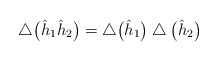
\begin{gather*}\bigtriangleup\big(\hat{h}_1\hat{h}_2\big)=\bigtriangleup\big(\hat{h}_1\big)\bigtriangleup\big(\hat{h}_2\big)\end{gather*}